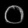
Digit: ၀